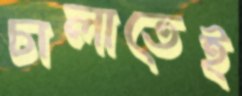
চালাতেই